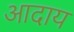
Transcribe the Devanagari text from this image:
आदाय